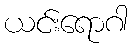
ယင်းရောဂါ